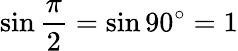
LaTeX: \sin{\frac{\pi}{2}}=\sin 90^{\circ}=1